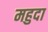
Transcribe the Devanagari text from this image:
महुदा